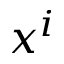
x ^ { i }